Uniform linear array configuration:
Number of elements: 64
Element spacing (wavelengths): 0.75
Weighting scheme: hamming
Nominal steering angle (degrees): -60
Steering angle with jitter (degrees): -58.732
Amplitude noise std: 0.05
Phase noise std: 0.05

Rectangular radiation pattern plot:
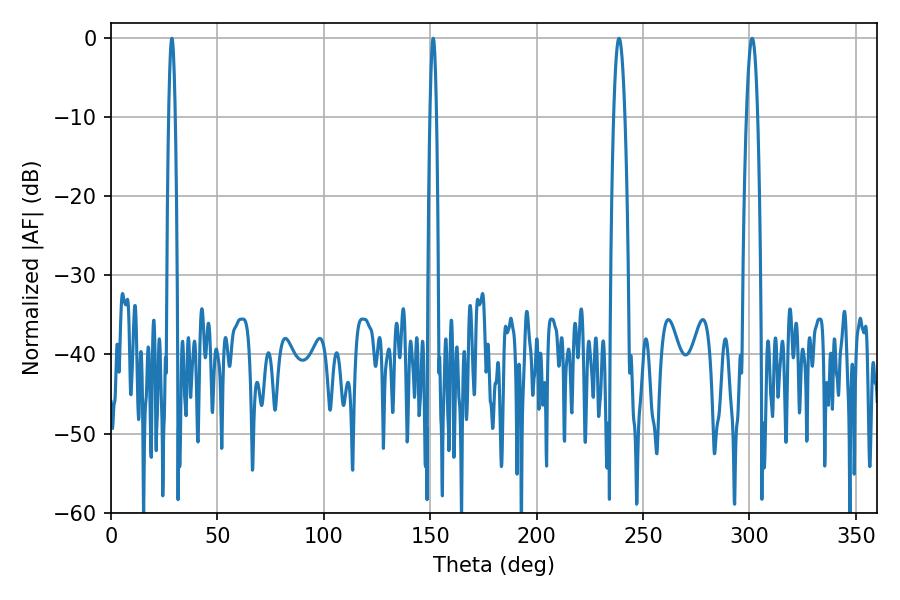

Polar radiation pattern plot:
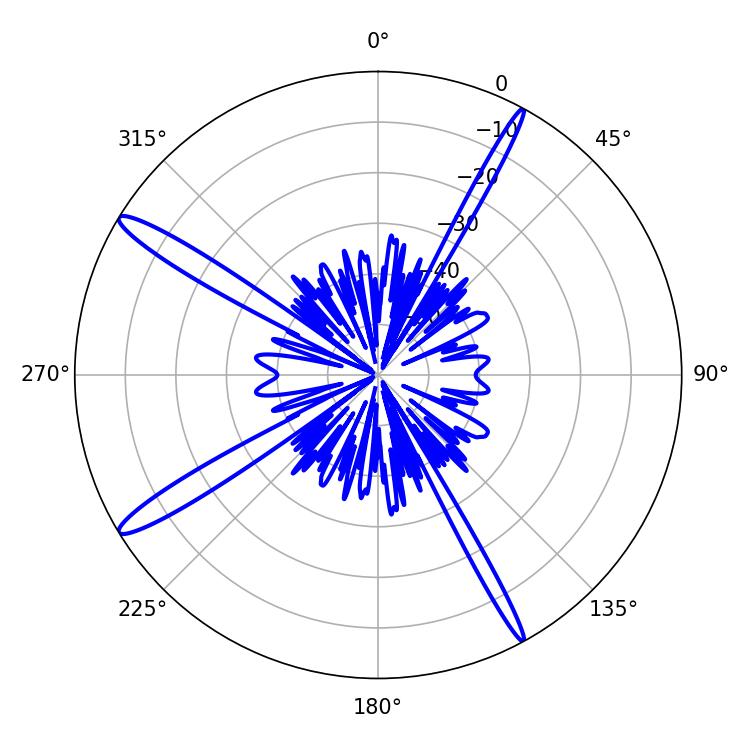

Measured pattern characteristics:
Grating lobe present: TRUE
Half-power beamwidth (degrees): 1.62
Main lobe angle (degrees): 28.62